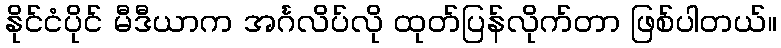
နိုင်ငံပိုင် မီဒီယာက အင်္ဂလိပ်လို ထုတ်ပြန်လိုက်တာ ဖြစ်ပါတယ်။